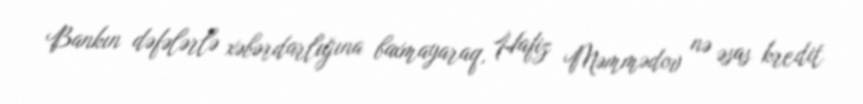
Bankın dəfələrlə xəbərdarlığına baxmayaraq, Hafiz Məmmədov nə əsas kredit